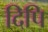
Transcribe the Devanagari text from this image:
दिपि